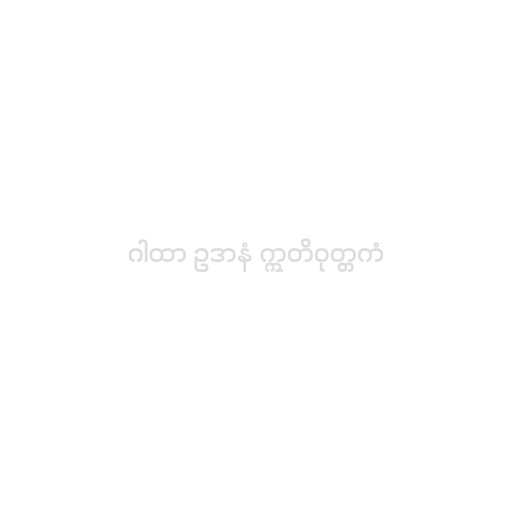
ဂါထာ ဥဒာနံ ဣတိဝုတ္တကံ